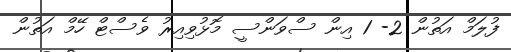
ފުލަމް އަތުން 2- 1 އިން ސްވަންސީ މޮޅުވިއިރު ވެސްޓް ހޭމް އަތުން